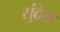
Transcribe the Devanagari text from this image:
सुंठेत